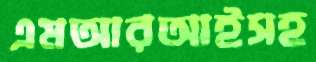
এমআরআইসহ